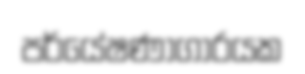
පර්යේෂණාගාරයක